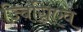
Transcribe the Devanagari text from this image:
ज़्बिग्निएव